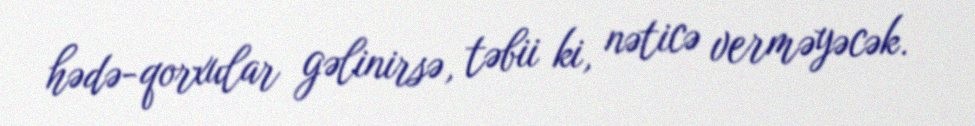
hədə-qorxular gəlinirsə, təbii ki, nəticə verməyəcək.